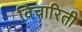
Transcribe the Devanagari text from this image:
विचारिती